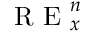
\mathrm { ~ R ~ E ~ } _ { \boldsymbol { x } } ^ { n }